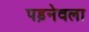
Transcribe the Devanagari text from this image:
पड़नेवला